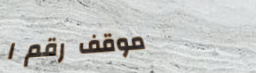
موقف رقم ١